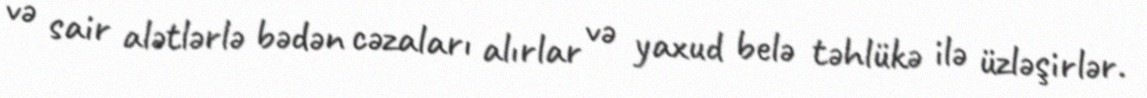
və sair alətlərlə bədən cəzaları alırlar və yaxud belə təhlükə ilə üzləşirlər.